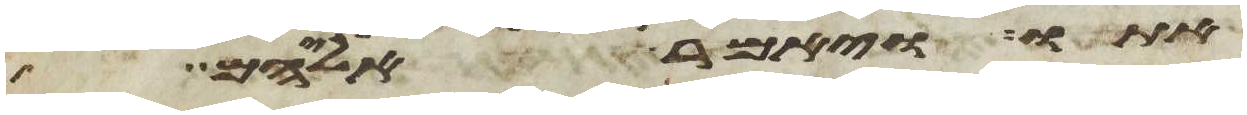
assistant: אתו ויאמר אליהם